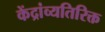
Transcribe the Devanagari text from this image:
केंद्रांव्यतिरिक्त